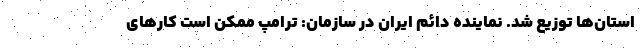
استان‌ها توزیع شد. نماینده دائم ایران در سازمان: ترامپ ممکن است کارهای